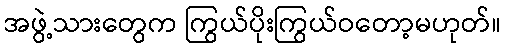
အဖွဲ့သားတွေက ကြွယ်ပိုးကြွယ်ဝတော့မဟုတ်။